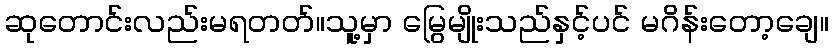
ဆုတောင်းလည်းမရတတ်။သူ့မှာ မြွေမျိုးသည်နှင့်ပင် မဂိန်းတော့ချေ။